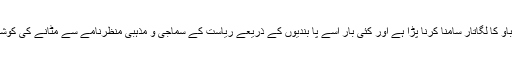
سابق امیرجماعت شیخ غلام حسن کے مطابق جماعت کے قیام سے اب تک اسے مختلف حلقوں کے دھونس دباؤ کا لگاتار سامنا کرنا پڑا ہے اور کئی بار اسے پا بندیوں کے ذریعے ریاست کے سماجی و مذہبی منظرنامے سے مٹانے کی کوشش کی گئی مگر جماعتِ اسلامی ہمیشہ نئے عزم کے ساتھ دوبارہ اُبھری ہے اور آگے بھی اُبھرتی رہے گی۔